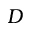
D